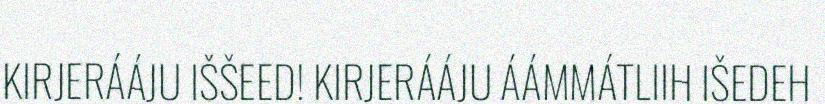
KIRJERÁÁJU IŠŠEED! KIRJERÁÁJU ÁÁMMÁTLIIH IŠEDEH